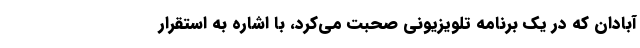
آبادان که در یک برنامه تلویزیونی صحبت می‌کرد، با اشاره به استقرار